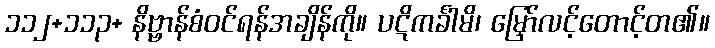
၁၁၂+၁၁၃+ နိဗ္ဗာန်စံဝင်ရန်အချိန်ကို။ ပဋိကင်္ခါမိ၊ မြှော်လင့်တောင့်တ၏။